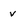
Character: v